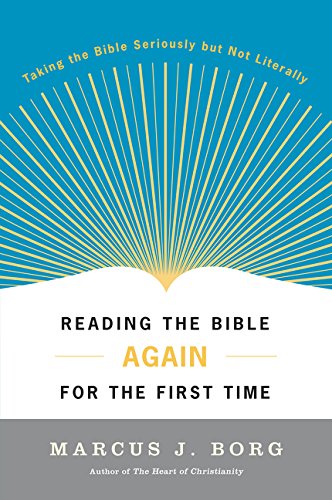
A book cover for Reading the Bible Again For the First Time: Taking the Bible Seriously But Not Literally; Marcus J. Borg; Christian Books & Bibles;